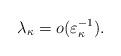
LaTeX: \begin{align*}\lambda_\kappa=o(\varepsilon_\kappa^{-1}).\end{align*}